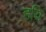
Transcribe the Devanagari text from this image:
हयि